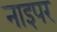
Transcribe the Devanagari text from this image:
नाइपर